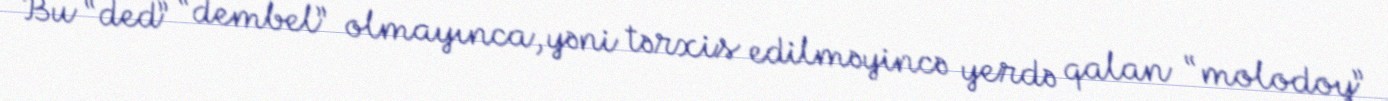
Bu “ded” “dembel” olmayınca, yəni tərxis edilməyincə yerdə qalan “molodoy”